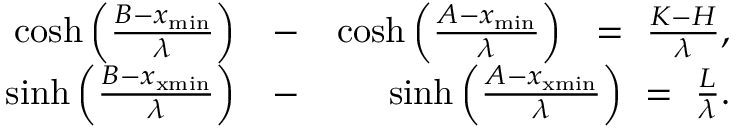
\begin{array} { r l r } { \cosh \left( \frac { B - x _ { \mathrm { m i n } } } { \lambda } \right) } & { { } - } & { \cosh \left( \frac { A - x _ { \mathrm { m i n } } } { \lambda } \right) ~ ~ = ~ \frac { K - H } { \lambda } , } \\ { \sinh \left( \frac { B - x _ { \mathrm { x m i n } } } { \lambda } \right) } & { { } - } & { \sinh \left( \frac { A - x _ { \mathrm { x m i n } } } { \lambda } \right) ~ = ~ \frac { L } { \lambda } . } \end{array}